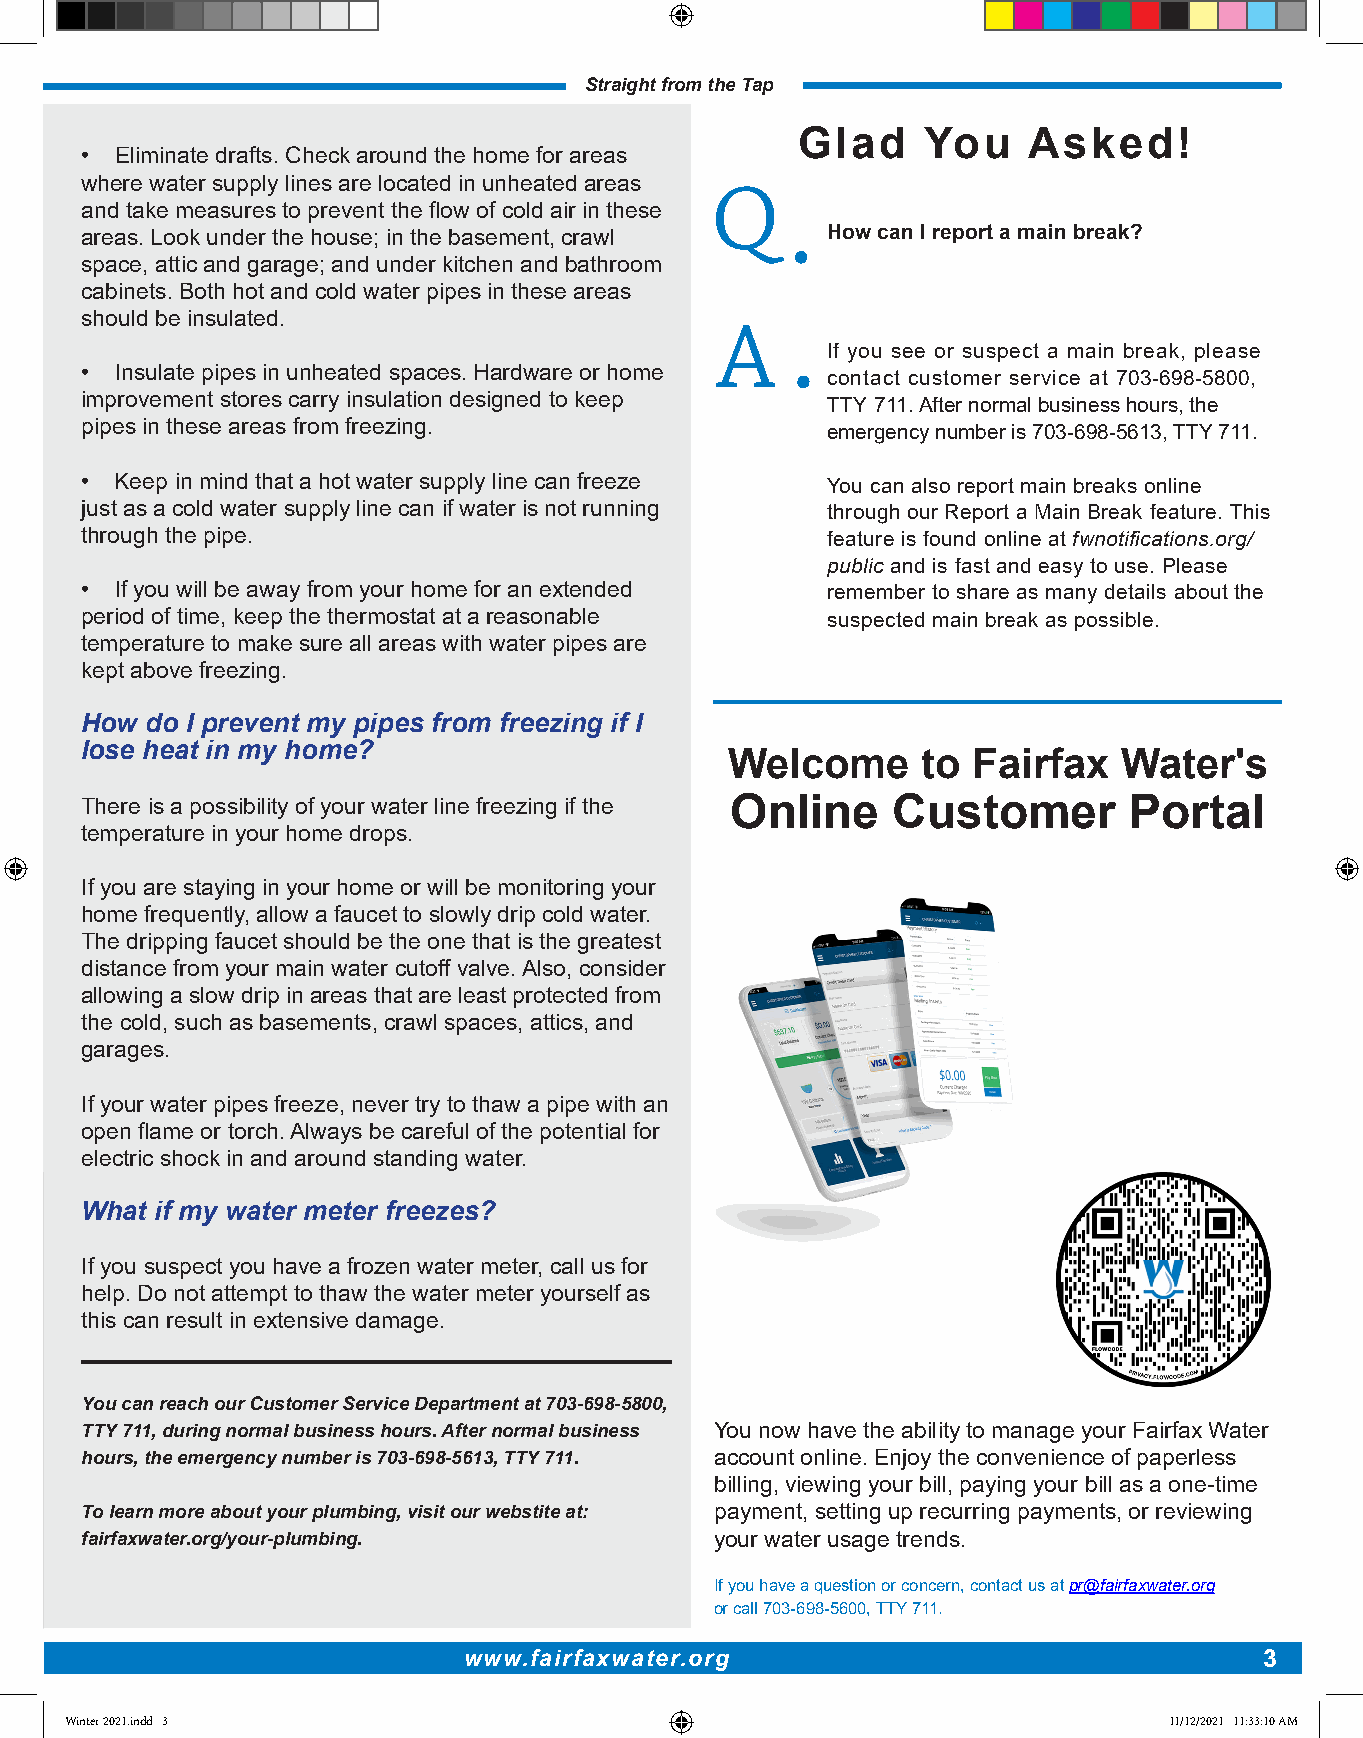
Straight from the Tap
 Glad    You    Asked!
 •  Eliminate drafts. Check around the home for areas
 where water supply lines are located in unheated areas
 Q
 and take measures to prevent the flow of cold air in these
 areas. Look under the house; in the basement, crawl • How can I report a main break?
 space, attic and garage; and under kitchen and bathroom
 cabinets. Both hot and cold water pipes in these areas
 should be insulated.
 A
 If you see or suspect a main break, please
 •
 •  Insulate pipes in unheated spaces. Hardware or home
 contact customer service at 703-698-5800,
 improvement stores carry insulation designed to keep
 TTY 711. After normal business hours, the
 pipes in these areas from freezing.
 emergency number is 703-698-5613, TTY 711.
 •  Keep in mind that a hot water supply line can freeze You can also report main breaks online
 just as a cold water supply line can if water is not running through our Report a Main Break feature. This
 through the pipe.                                 feature is found online at fwnotifications.org/
 public and is fast and easy to use. Please
 •  If you will be away from your home for an extended remember to share as many details about the
 period of time, keep the thermostat at a reasonable suspected main break as possible.
 temperature to make sure all areas with water pipes are
 kept above freezing.
 How  do I prevent my pipes from freezing if I
 lose heat in my home?
 Welcome      to Fairfax   Water's
 There is a possibility of your water line freezing if the Online Customer Portal
 temperature in your home drops.
 If you are staying in your home or will be monitoring your
 home frequently, allow a faucet to slowly drip cold water.
 The dripping faucet should be the one that is the greatest
 distance from your main water cutoff valve. Also, consider
 allowing a slow drip in areas that are least protected from
 the cold, such as basements, crawl spaces, attics, and
 garages.
 If your water pipes freeze, never try to thaw a pipe with an
 open flame or torch. Always be careful of the potential for
 electric shock in and around standing water.
 What if my water meter freezes?
 If you suspect you have a frozen water meter, call us for
 help. Do not attempt to thaw the water meter yourself as
 this can result in extensive damage.
 You can reach our Customer Service Department at 703-698-5800,
 TTY 711, during normal business hours. After normal business You now have the ability to manage your Fairfax Water
 hours, the emergency number is 703-698-5613, TTY 711. account online. Enjoy the convenience of paperless
 billing, viewing your bill, paying your bill as a one-time
 To learn more about your plumbing, visit our webstite at: payment, setting up recurring payments, or reviewing
 fairfaxwater.org/your-plumbing.           your water usage trends.
 If you have a question or concern, contact us at pr@fairfaxwater.org
 or call 703-698-5600, TTY 711.
 www.fairfaxwater.org                                 3
 WWiinntteerr 22002211..iinndddd 33                                       1111//1122//22002211 1111::3333::1100 AAMM